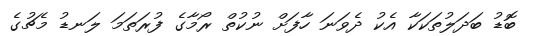
ބޮޑު ބަދަލުތަކަކާ އެކު ދެވަނަ ހާފަށް ނުކުތް ރޯމާގެ ފުރަތަމަ ލަނޑު މެޗުގެ